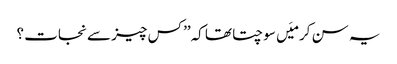
یہ سن کر میَں سوچتا تھا کہ’’ کس چیز سے نجات ؟